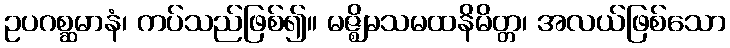
ဥပဂစ္ဆမာနံ၊ ကပ်သည်ဖြစ်၍။ မဇ္ဈိမသမထနိမိတ္တ၊ အလယ်ဖြစ်သော